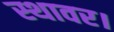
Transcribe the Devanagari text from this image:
स्थावर।